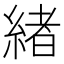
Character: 緖